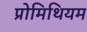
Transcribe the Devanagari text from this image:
प्रोमिथियम